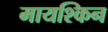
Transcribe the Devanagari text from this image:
मायश्किन